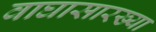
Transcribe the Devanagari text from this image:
वाघासारख्या